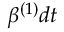
\beta ^ { ( 1 ) } d t